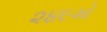
૨૪૯મો